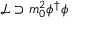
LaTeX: { \mathcal { L } } \supset m _ { 0 } ^ { 2 } \phi ^ { \dagger } \phi